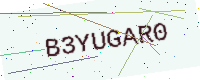
Text: B3YUGAR0